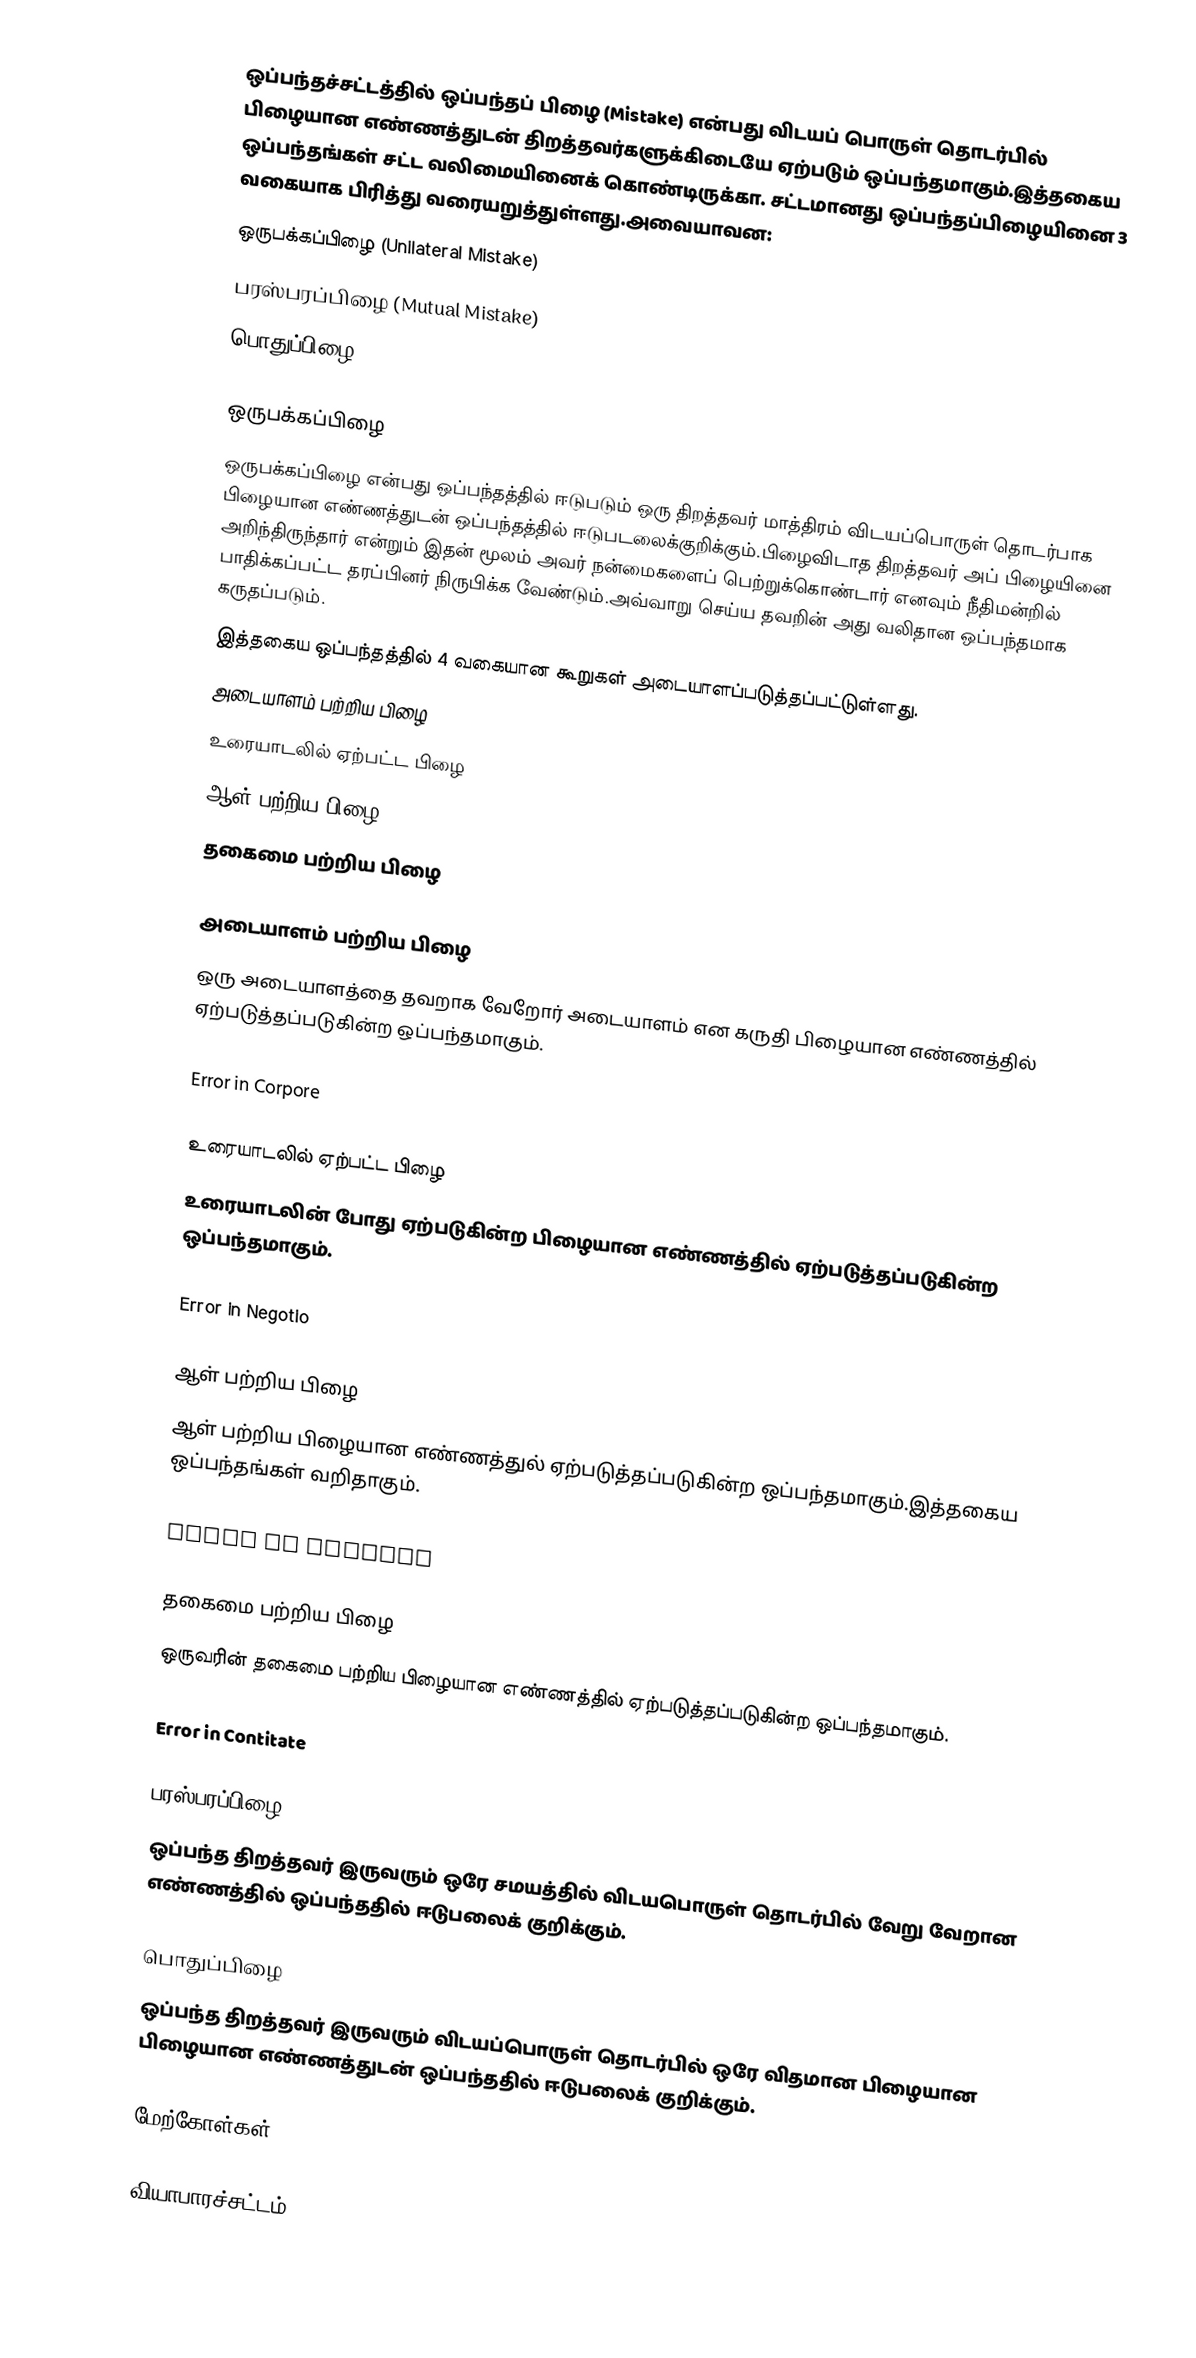
ஒப்பந்தச்சட்டத்தில் ஒப்பந்தப் பிழை (Mistake) என்பது விடயப் பொருள் தொடர்பில் பிழையான எண்ணத்துடன் திறத்தவர்களுக்கிடையே ஏற்படும் ஒப்பந்தமாகும்.இத்தகைய ஒப்பந்தங்கள் சட்ட வலிமையினைக் கொண்டிருக்கா. சட்டமானது ஒப்பந்தப்பிழையினை 3 வகையாக பிரித்து வரையறுத்துள்ளது.அவையாவன:
 ஒருபக்கப்பிழை (Unilateral Mistake)
பரஸ்பரப்பிழை (Mutual Mistake)
பொதுப்பிழை (Common Mistake)

ஒருபக்கப்பிழை
ஒருபக்கப்பிழை என்பது ஒப்பந்தத்தில் ஈடுபடும் ஒரு திறத்தவர் மாத்திரம் விடயப்பொருள் தொடர்பாக பிழையான எண்ணத்துடன் ஒப்பந்தத்தில் ஈடுபடலைக்குறிக்கும்.பிழைவிடாத திறத்தவர் அப் பிழையினை அறிந்திருந்தார் என்றும் இதன் மூலம் அவர் நன்மைகளைப் பெற்றுக்கொண்டார் எனவும் நீதிமன்றில் பாதிக்கப்பட்ட தரப்பினர் நிருபிக்க வேண்டும்.அவ்வாறு செய்ய தவறின் அது வலிதான ஒப்பந்தமாக கருதப்படும்.
இத்தகைய ஒப்பந்தத்தில் 4 வகையான கூறுகள் அடையாளப்படுத்தப்பட்டுள்ளது.
 அடையாளம் பற்றிய பிழை
 உரையாடலில் ஏற்பட்ட பிழை
 ஆள் பற்றிய பிழை
 தகைமை பற்றிய பிழை

அடையாளம் பற்றிய பிழை
ஒரு அடையாளத்தை தவறாக வேறோர் அடையாளம் என கருதி பிழையான எண்ணத்தில் ஏற்படுத்தப்படுகின்ற ஒப்பந்தமாகும்.

Error in Corpore

உரையாடலில் ஏற்பட்ட பிழை
உரையாடலின் போது ஏற்படுகின்ற பிழையான எண்ணத்தில் ஏற்படுத்தப்படுகின்ற ஒப்பந்தமாகும்.

Error in Negotio

ஆள் பற்றிய பிழை
ஆள் பற்றிய பிழையான எண்ணத்துல் ஏற்படுத்தப்படுகின்ற ஒப்பந்தமாகும்.இத்தகைய ஒப்பந்தங்கள் வறிதாகும்.

Error in persona

தகைமை பற்றிய பிழை
ஒருவரின் தகைமை பற்றிய பிழையான எண்ணத்தில் ஏற்படுத்தப்படுகின்ற ஒப்பந்தமாகும்.

Error in Contitate

பரஸ்பரப்பிழை
ஒப்பந்த திறத்தவர் இருவரும் ஒரே சமயத்தில் விடயபொருள் தொடர்பில் வேறு வேறான எண்ணத்தில் ஒப்பந்ததில் ஈடுபலைக் குறிக்கும்.

பொதுப்பிழை
ஒப்பந்த திறத்தவர் இருவரும் விடயப்பொருள் தொடர்பில் ஒரே விதமான பிழையான பிழையான எண்ணத்துடன் ஒப்பந்ததில் ஈடுபலைக் குறிக்கும்.

மேற்கோள்கள்

வியாபாரச்சட்டம்